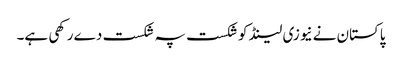
پاکستان نے نیوزی لینڈ کو شکست پہ شکست دے رکھی ہے۔